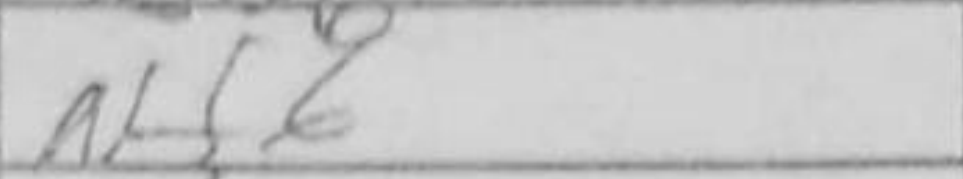
Transcription: Nf6